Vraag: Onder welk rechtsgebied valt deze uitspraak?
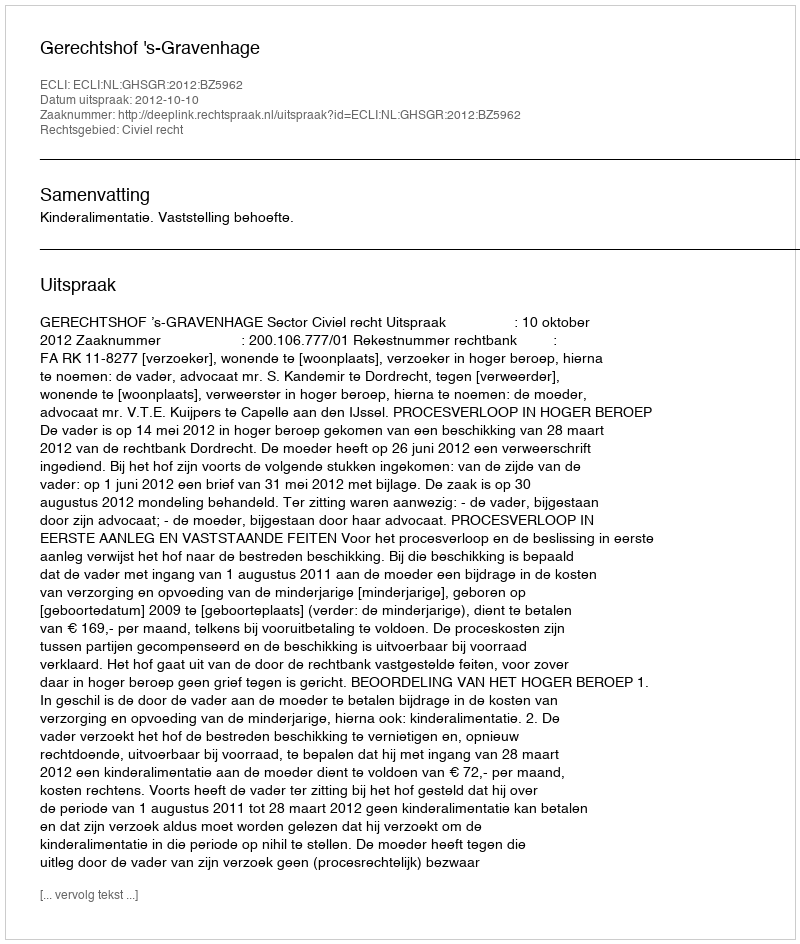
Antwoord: Civiel recht